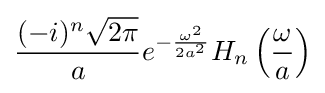
{\frac {(-i)^{n}{\sqrt {2\pi }}}{a}}e^{-{\frac {\omega ^{2}}{2a^{2}}}}H_{n}\left({\frac {\omega }{a}}\right)